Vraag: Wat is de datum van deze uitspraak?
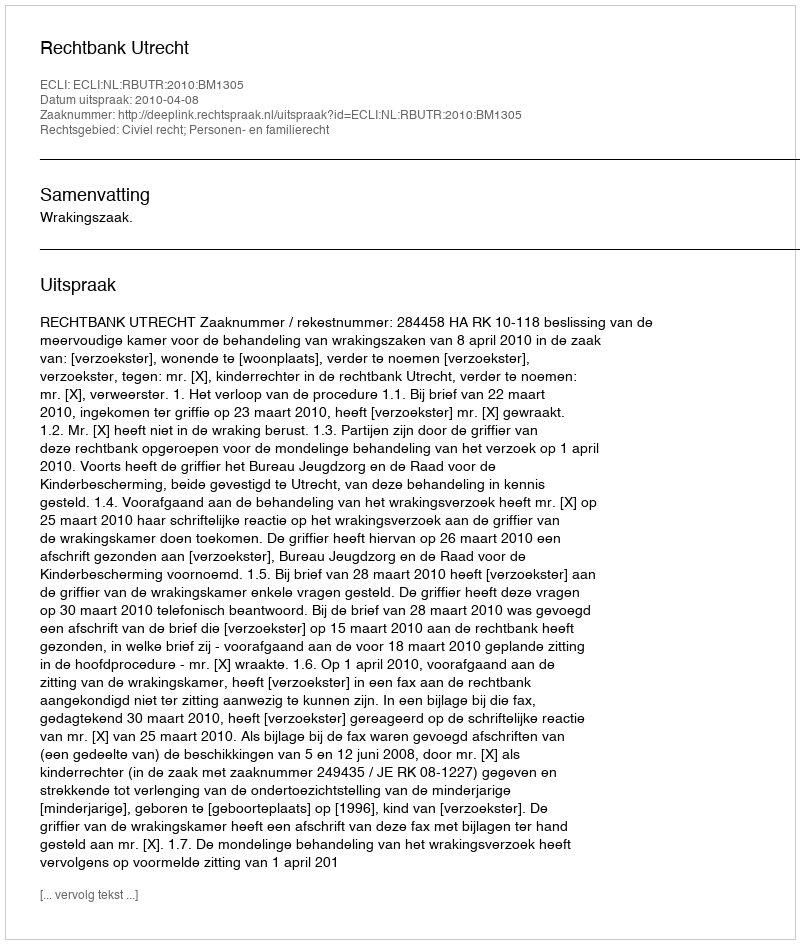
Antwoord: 2010-04-08